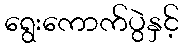
ရွေးကောက်ပွဲနှင့်